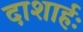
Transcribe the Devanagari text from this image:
दाशार्हः